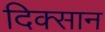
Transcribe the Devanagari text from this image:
दिक्सान